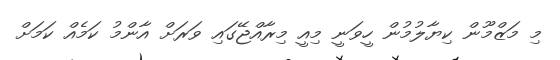
މި މަޒްމޫން ކިޔާލުމުން ހީވަނީ މިއީ މިރާއްޖޭގައި ވަރަށް އާންމު ކަމެއް ކަމަށް